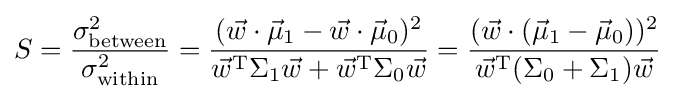
S={\frac {\sigma _{\text{between}}^{2}}{\sigma _{\text{within}}^{2}}}={\frac {({\vec {w}}\cdot {\vec {\mu }}_{1}-{\vec {w}}\cdot {\vec {\mu }}_{0})^{2}}{{\vec {w}}^{\mathrm {T} }\Sigma _{1}{\vec {w}}+{\vec {w}}^{\mathrm {T} }\Sigma _{0}{\vec {w}}}}={\frac {({\vec {w}}\cdot ({\vec {\mu }}_{1}-{\vec {\mu }}_{0}))^{2}}{{\vec {w}}^{\mathrm {T} }(\Sigma _{0}+\Sigma _{1}){\vec {w}}}}